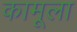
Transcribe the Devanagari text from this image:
कामूला